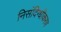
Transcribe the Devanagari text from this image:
निसंदिग्धीकरण